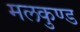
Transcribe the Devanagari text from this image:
मलकुण्ड